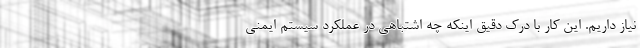
نیاز داریم. این کار با درک دقیق اینکه چه اشتباهی در عملکرد سیستم ایمنی